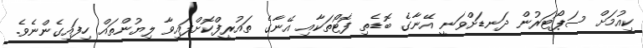
ކިއުމަށް ސަޕޯޓަރުން ދަނޑަށްވަނީ އޭނާގެ ބޮޑެތި ފޮޓޯތަކާއި އޭނާގެ ތައުރީފްކޮށްފައިވާ ލިޔުންތައް ހިފައިގެންނެވެ.